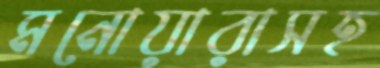
মনোয়ারাসহ